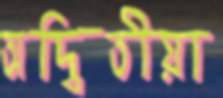
অদ্বিতীয়া